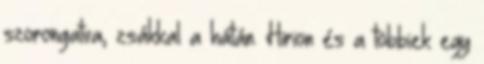
szorongatva, zsákkal a hátán. Hirion és a többiek egy